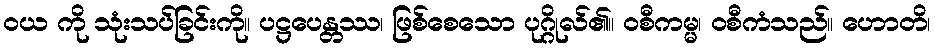
ဝယ ကို သုံးသပ်ခြင်းကို။ ပဋ္ဌပေန္တဿ၊ ဖြစ်စေသော ပုဂ္ဂိုလ်၏။ ဝစီကမ္မ၊ ဝစီကံသည်။ ဟောတိ၊